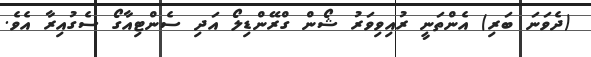
(ދެވަނަ ބަރި) އެންތަނީ ރުއިވިވަރު ޝޯން ގްރޭންޑިލޯ އަދި ސެންޓިއާގޯ ސެގުއިރާ އެވެ.